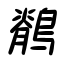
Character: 鶺